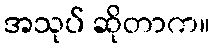
အသုပ် ဆိုတာက။